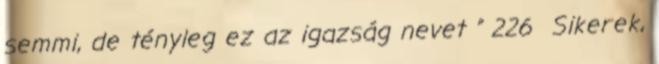
semmi, de tényleg ez az igazság nevet ” 226 Sikerek,